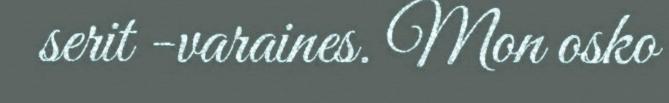
serit -varaines. Mon osko